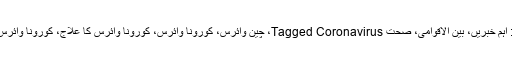
کیٹاگری میں : اہم خبریں، بین الاقوامی، صحت Tagged Coronavirus، چین وائرس، کورونا وائرس، کورونا وائرس کا علاج، کورونا وائرس کے علامات